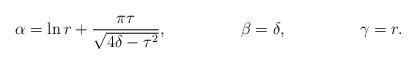
LaTeX: \begin{align*}\alpha &= \ln{r} + \frac{\pi \tau}{\sqrt{4 \delta - \tau^2}}, &\beta &= \delta, &\gamma &= r.\end{align*}